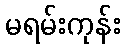
မရမ်းကုန်း